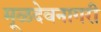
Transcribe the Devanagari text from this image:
मूळदेवनागरी